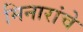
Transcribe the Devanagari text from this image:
मिनारांचे